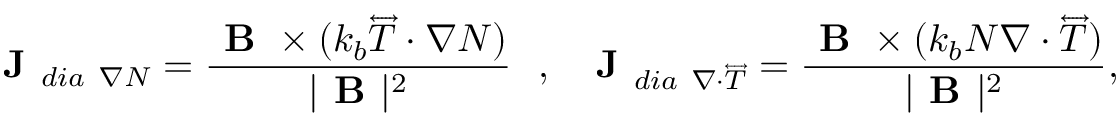
\textbf { J } _ { d i a \ \nabla N } = \frac { \textbf { B } \times ( k _ { b } \overleftrightarrow { T } \cdot \nabla N ) } { | \textbf { B } | ^ { 2 } } \ \ , \ \ \textbf { J } _ { d i a \ \nabla \cdot \overleftrightarrow { T } } = \frac { \textbf { B } \times ( k _ { b } N \nabla \cdot \overleftrightarrow { T } ) } { | \textbf { B } | ^ { 2 } } ,